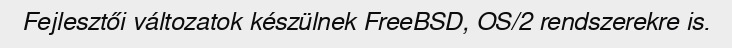
Fejlesztői változatok készülnek FreeBSD, OS/2 rendszerekre is.